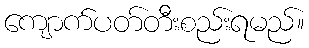
ကျောက်ပတ်တီးစည်းရမည်။